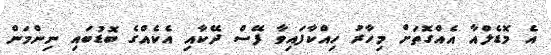
އެ މޮޑެލްއާ އެއްގޮތަށް މިހާރު ހިއްކާފައިވާ ފޭސް ދޭކާއި އެކެއްގެ ބޮޑުބައި ނިންމަން